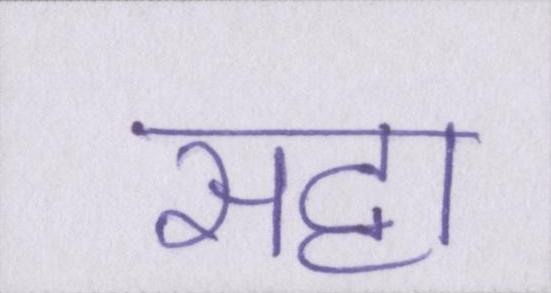
सट्टा